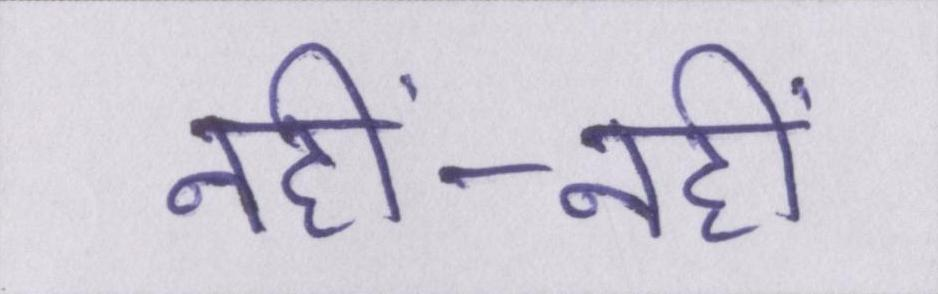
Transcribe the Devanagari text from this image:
नहीं-नहीं